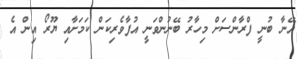
އޭނާ ބުނީ ފްރާންސަށް މިހާރު ބޭނުންވަނީ އުފާވެރިކަން ކަމަށާއި ޔޫރޯ އިން އެ